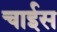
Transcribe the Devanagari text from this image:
चाईस